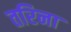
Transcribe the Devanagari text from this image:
तरिना